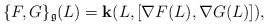
LaTeX: \begin{align*}\{F,G\}_{{\frak g}}(L)={\bf k}(L,[\nabla F(L),\nabla G(L)]),\end{align*}